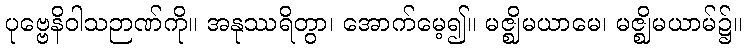
ပုဗ္ဗေနိဝါသဉာဏ်ကို။ အနုဿရိတွာ၊ အောက်မေ့၍။ မဇ္ဈိမယာမေ၊ မဇ္ဈိမယာမ်၌။